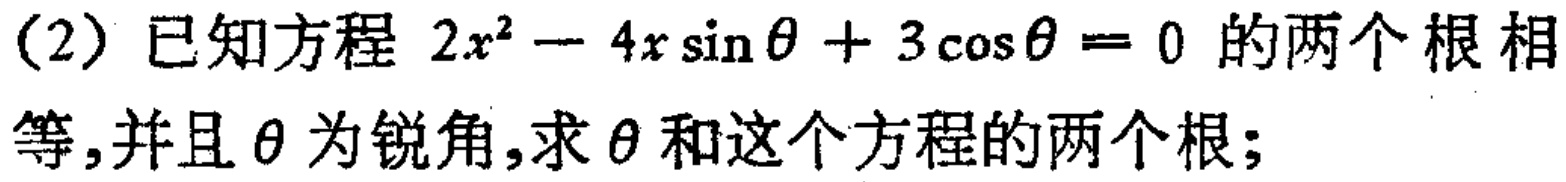
(2) 已知方程 \(2x^{2}-4x\sin\theta + 3\cos\theta = 0\) 的两个根相等，并且 \(\theta\) 为锐角，求 \(\theta\) 和这个方程的两个根；